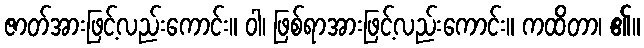
ဇာတ်အားဖြင့်လည်းကောင်း။ ဝါ၊ ဖြစ်ရာအားဖြင့်လည်းကောင်း။ ကထိတာ၊ ၏။